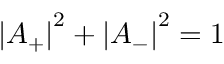
\left| A _ { + } \right| ^ { 2 } + \left| A _ { - } \right| ^ { 2 } = 1